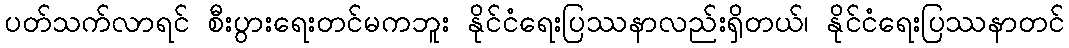
ပတ်သက်လာရင် စီးပွားရေးတင်မကဘူး နိုင်ငံရေးပြဿနာလည်းရှိတယ်၊ နိုင်ငံရေးပြဿနာတင်